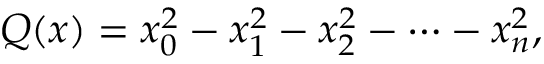
Q ( x ) = x _ { 0 } ^ { 2 } - x _ { 1 } ^ { 2 } - x _ { 2 } ^ { 2 } - \cdots - x _ { n } ^ { 2 } ,